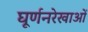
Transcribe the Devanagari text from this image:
घूर्णनरेखाओं